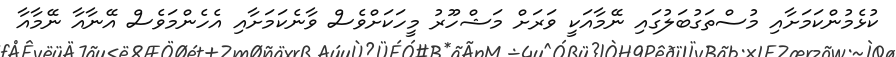
ކުޅެމުންކަމަށާއި މުސްތަގުބަލުގައި ނޭމާއަކީ ވަރަށް މަޝްހޫރު މީހަކަށްވެސް ވާނެކަމަށާއި އެހެންމަވެސް އޭނާއާ ނޭމާއާ